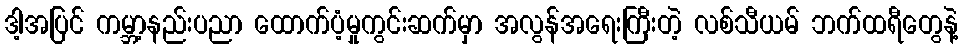
ဒါ့အပြင် ကမ္ဘာ့နည်းပညာ ထောက်ပံ့မှုကွင်းဆက်မှာ အလွန်အရေးကြီးတဲ့ လစ်သီယမ် ဘက်ထရီတွေနဲ့